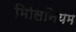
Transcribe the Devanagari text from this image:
मिलिनियम